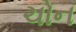
ચોન